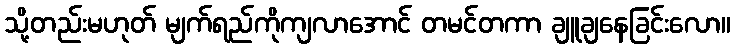
သို့တည်းမဟုတ် မျက်ရည်ကိုကျလာအောင် တမင်တကာ ချူချနေခြင်းလော။